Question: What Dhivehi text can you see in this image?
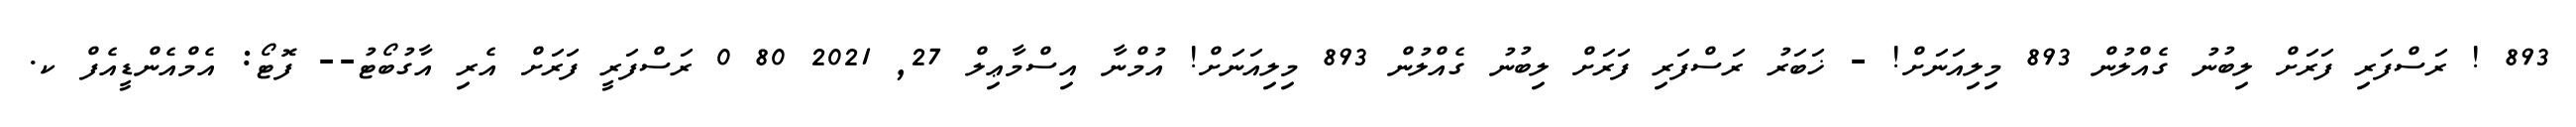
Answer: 893 ! ރަސްފަރި ފަރަށް ލިބުނު ގެއްލުން 893 މިލިއަނަށް! - ޚަބަރު ރަސްފަރި ފަރަށް ލިބުނު ގެއްލުން 893 މިލިއަނަށް! އުމްނާ އިސްމާޢިލް 27, 2021 80 0 ރަސްފަރީ ފަރަށް އެރި އާގުބޯޓު-- ފޮޓޯ: އެމްއެންޑީއެފް ކ.